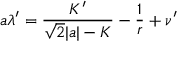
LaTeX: a \lambda ^ { \prime } = \frac { K ^ { \prime } } { \sqrt { 2 } | a | - K } - \frac { 1 } { r } + \nu ^ { \prime }